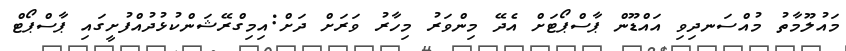
މައުލޫމާތު މުއްސަނދިވި އައްޑޫން ޕާސްޕޯޓަށް އެދޭ މިންވަރު މިހާރު ވަރަށް ދަށް:އިމިގްރޭޝަންކުޅުދުއްފުށީގައި ޕާސްޕޯޓް